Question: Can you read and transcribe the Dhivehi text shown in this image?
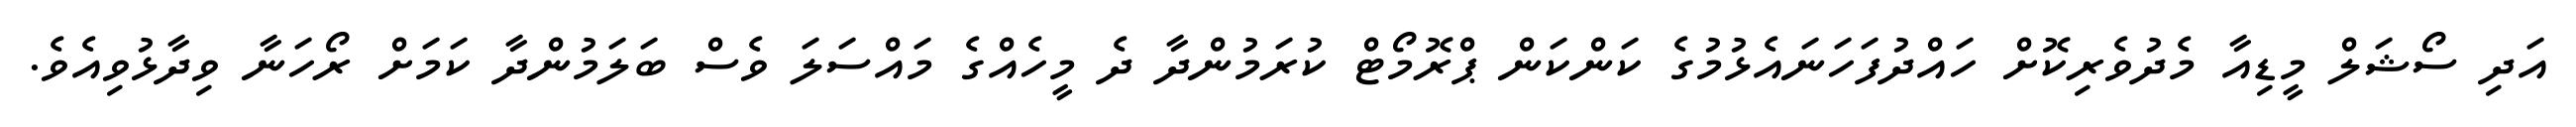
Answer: އަދި ސޯޝަލް މީޑިއާ މެދުވެރިކޮށް ހައްދުފަހަނައެޅުމުގެ ކަންކަން ޕްރޮމޯޓް ކުރަމުންދާ ދެ މީހެއްގެ މައްސަލަ ވެސް ބަލަމުންދާ ކަމަށް ރޯހަނާ ވިދާޅުވިއެވެ.